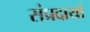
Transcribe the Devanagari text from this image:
संप्रदायां